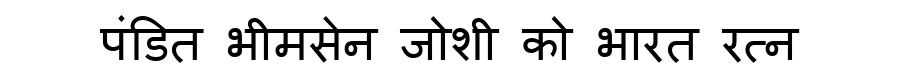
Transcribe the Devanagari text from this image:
पंडित भीमसेन जोशी को भारत रत्न